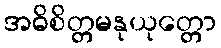
အဓိစိတ္တမနုယုတ္တော